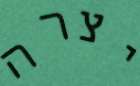
יצרה